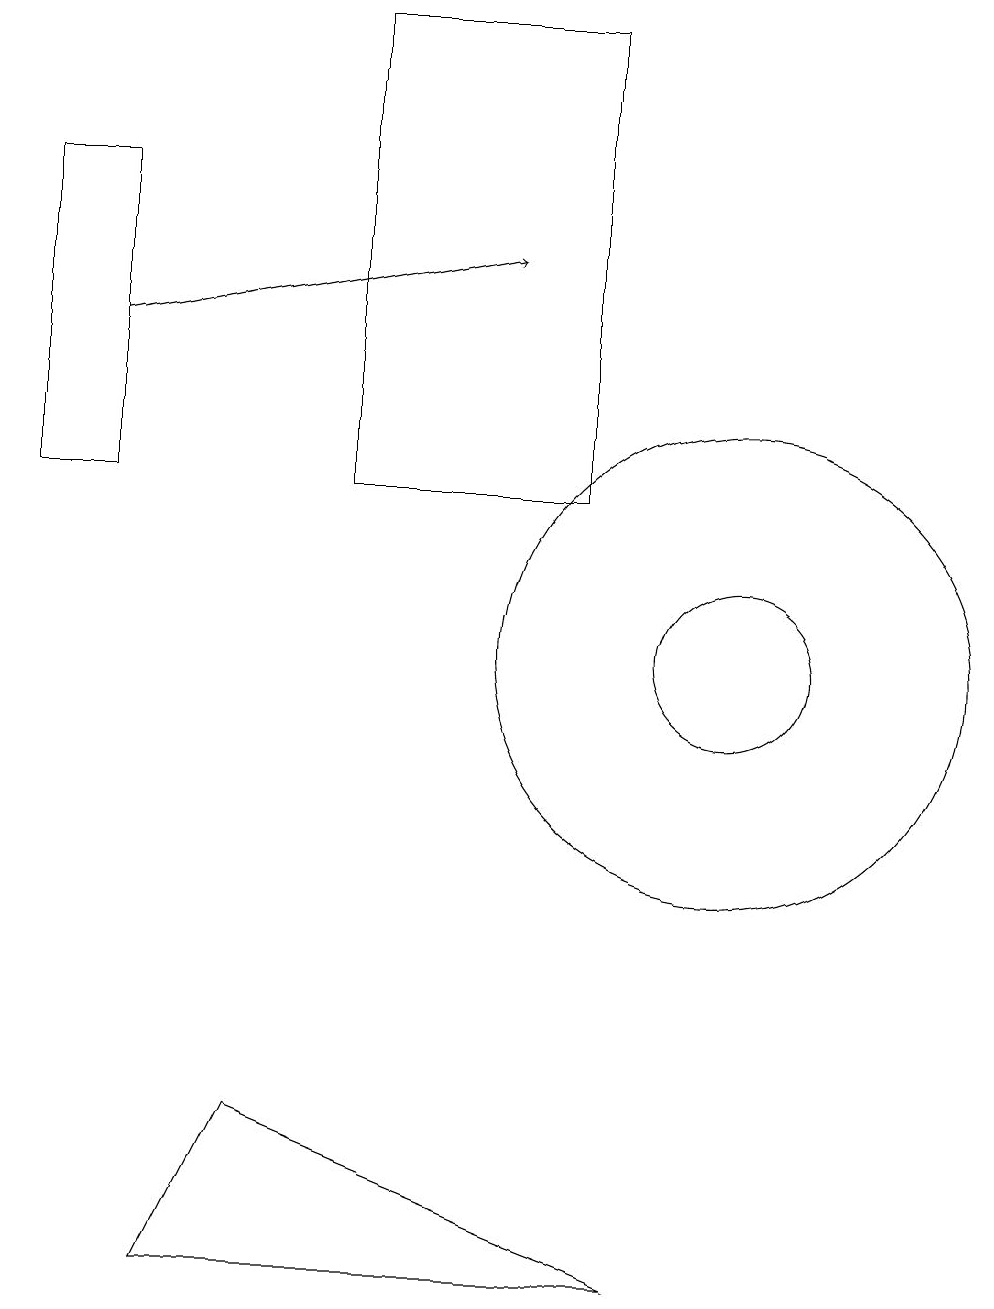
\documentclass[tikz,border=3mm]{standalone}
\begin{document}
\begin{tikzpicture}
\draw (9,2) -- (4,4) -- (3,2) -- cycle;
\draw (5,12) rectangle (8,18);
\draw[->] (2,14) -- (7,15);
\draw (10,10) circle (3);
\draw (10,10) circle (1);
\draw (2,16) rectangle (1,12);
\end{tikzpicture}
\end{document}